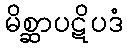
မိစ္ဆာပဋိပဒံ